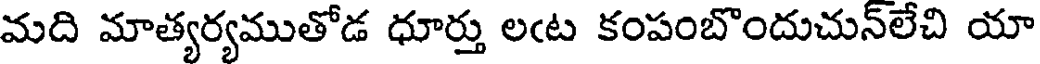
మది మాత్యర్యముతోడ ధూర్తు లఁట కంపంబొందుచున్లేచి యా